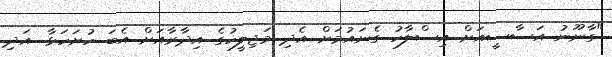
"ގާނޫނު އަސާސީއަށް އިސްލާހު ގެނައުމަށް އެދި މަޖިލީހުގެ އިދާރާއަށް އެބަ ހުށަހަޅާ. އަދި